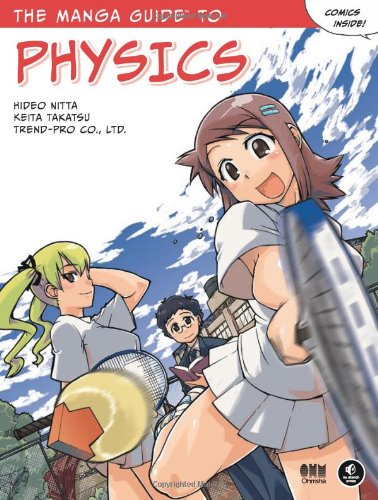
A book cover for The Manga Guide to Physics; Hideo Nitta; Comics & Graphic Novels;